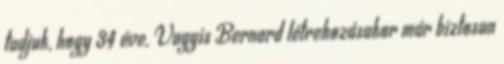
tudjuk, hogy 34 éve. Vagyis Bernard létrehozásakor már biztosan